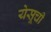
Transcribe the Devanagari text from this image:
येसूची